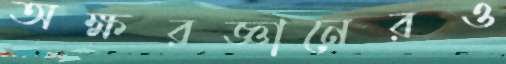
অক্ষরজ্ঞানেরও